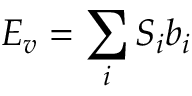
E _ { v } = \sum _ { i } S _ { i } b _ { i }